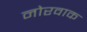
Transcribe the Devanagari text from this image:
नोरवाक